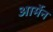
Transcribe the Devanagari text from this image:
आर्मेन